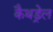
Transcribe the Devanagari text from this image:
कैथड्रेल